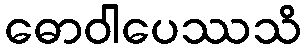
ဓောဝါပေဿသိ